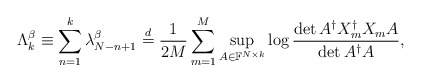
\begin{align*}\Lambda_k^\beta\equiv\sum_{n=1}^k\lambda_{N-n+1}^\beta\stackrel{d}{=}\frac1{2M}\sum_{m=1}^M\sup_{A\in \mathbb F^{N\times k}}\log\frac{\det A^\dagger X_m^\dagger X_m A}{\det A^\dagger A},\end{align*}